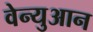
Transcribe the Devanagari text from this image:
वेन्युआन